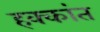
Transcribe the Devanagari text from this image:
हक्कांत